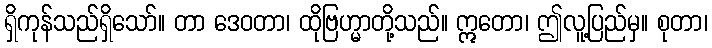
ရှိကုန်သည်ရှိသော်။ တာ ဒေဝတာ၊ ထိုဗြဟ္မာတို့သည်။ ဣတော၊ ဤလူ့ပြည်မှ။ စုတာ၊